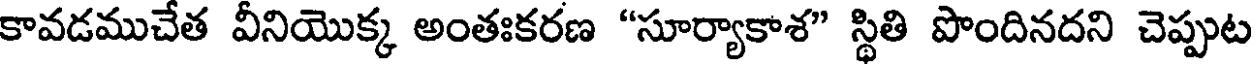
కావడముచేత వీనియొక్క అంతఃకరణ "సూర్యాకాశ" స్థితి పొందినదని చెప్పుట